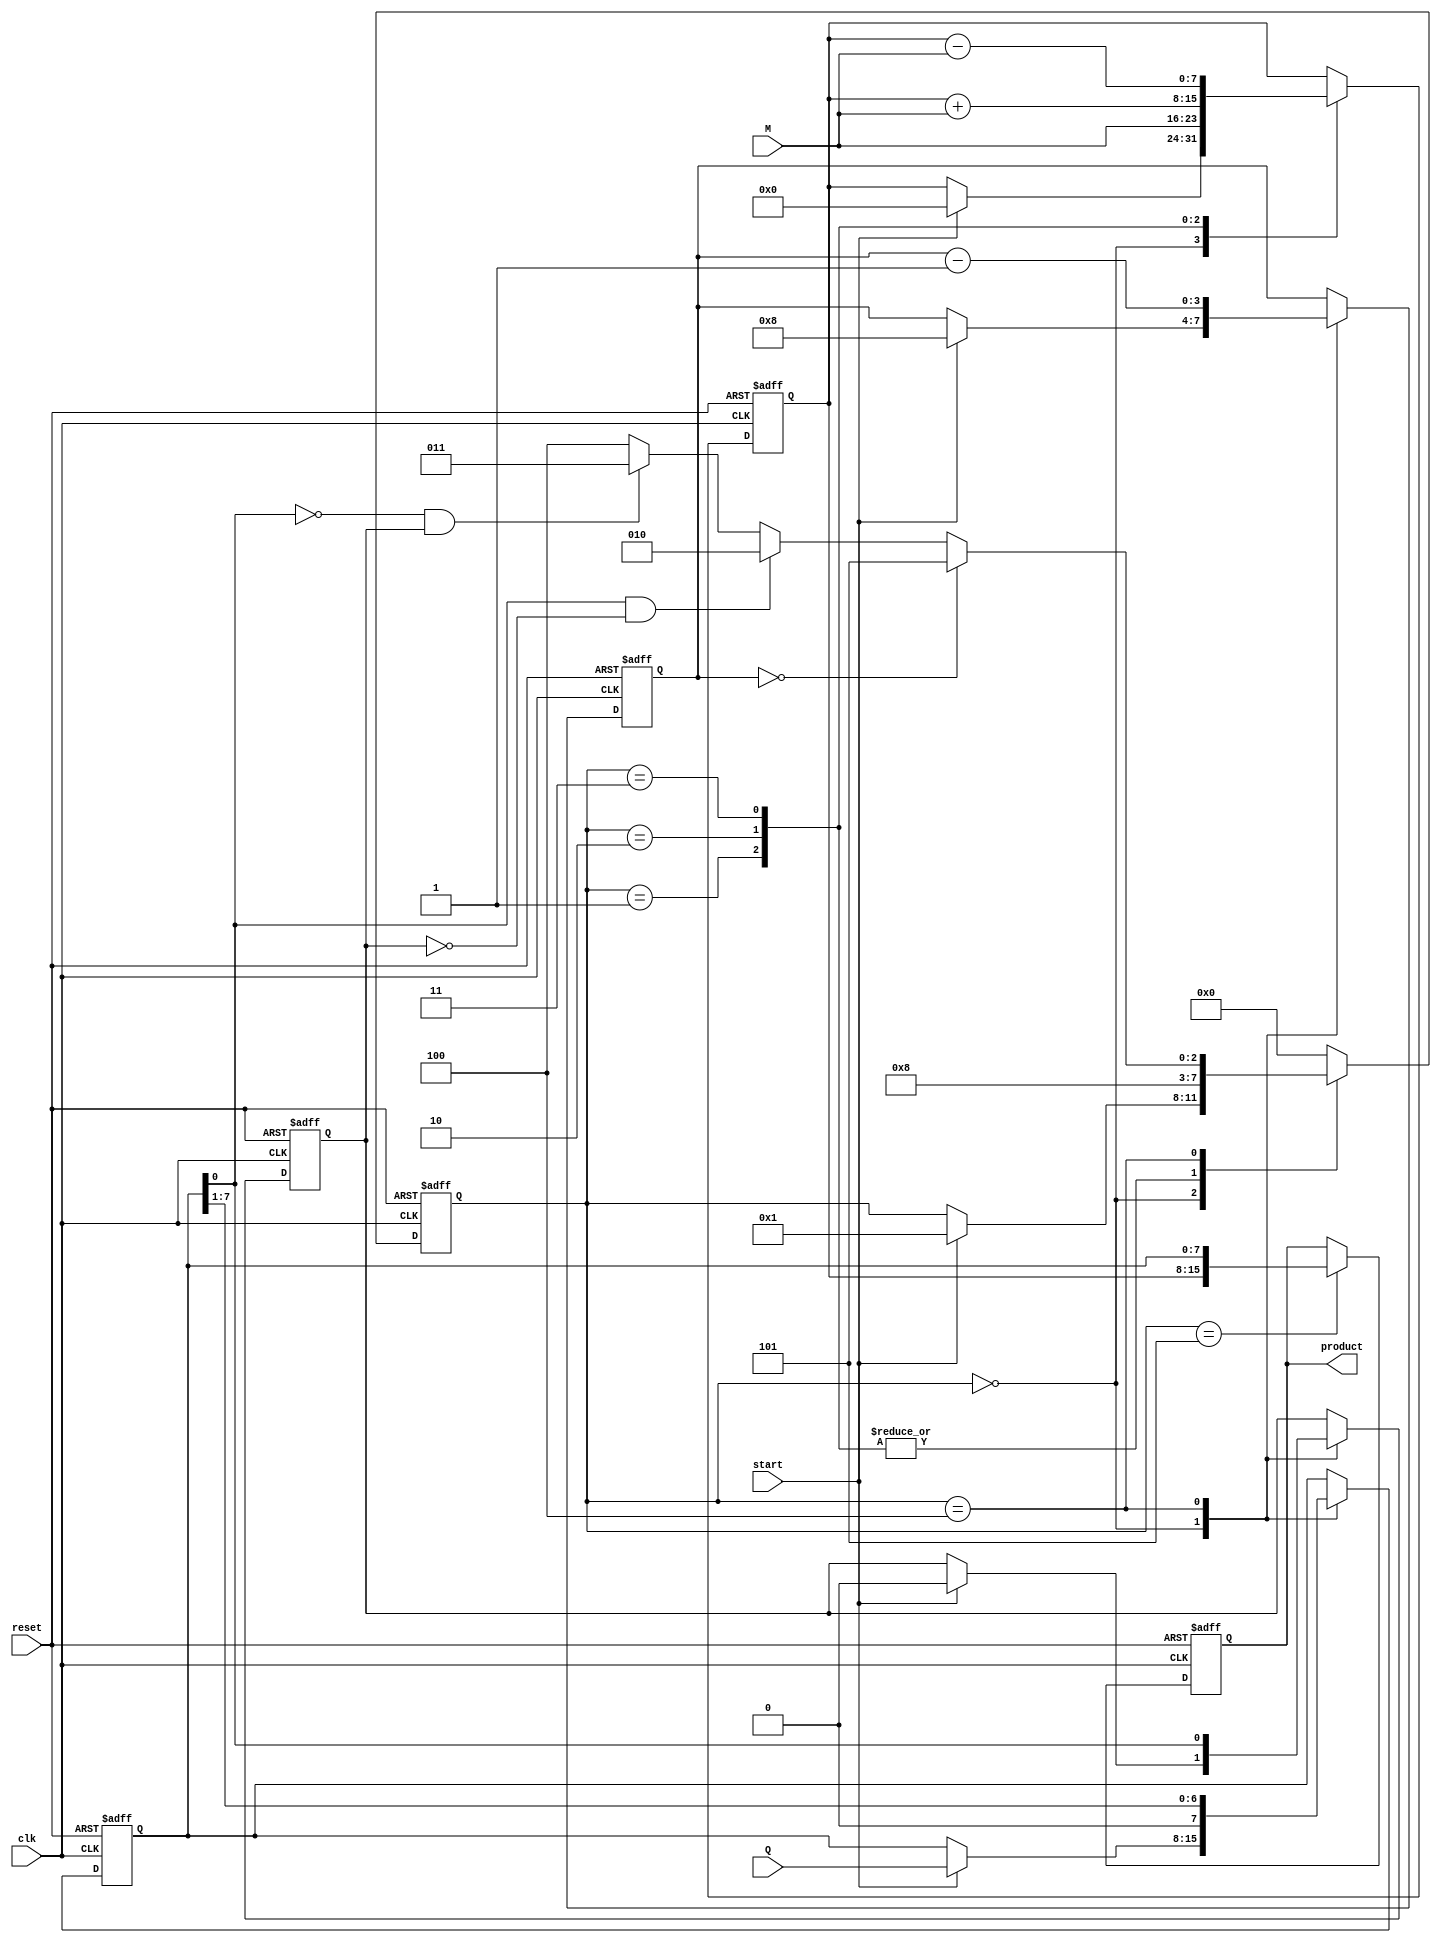
module booth_multiplier #(parameter N = 8) (
    input wire [N-1:0] M,        // Multiplicand
    input wire [N-1:0] Q,        // Multiplier
    input wire start,            // Start signal
    input wire clk,              // Clock signal
    input wire reset,            // Reset signal
    output reg [2*N-1:0] product  // Output product
);

    reg [N-1:0] A;              // Accumulator
    reg [N-1:0] Q_reg;          // Multiplier register
    reg Q_1;                    // Q-1 register
    reg [3:0] state;            // FSM state
    reg [3:0] count;            // Bit counter

    // State encoding
    localparam IDLE = 4'b0000,
               LOAD = 4'b0001,
               ADD = 4'b0010,
               SUB = 4'b0011,
               SHIFT = 4'b0100,
               DONE = 4'b0101;

    // Initial state
    initial begin
        A = 0;
        Q_reg = 0;
        Q_1 = 0;
        state = IDLE;
        count = 0;
        product = 0;
    end

    // FSM to control the Booth multiplication process
    always @(posedge clk or posedge reset) begin
        if (reset) begin
            A <= 0;
            Q_reg <= 0;
            Q_1 <= 0;
            state <= IDLE;
            count <= 0;
            product <= 0;
        end else begin
            case (state)
                IDLE: begin
                    if (start) begin
                        A <= 0;
                        Q_reg <= Q;
                        Q_1 <= 0;
                        count <= N;
                        state <= LOAD;
                    end
                end

                LOAD: begin
                    // Load the multiplicand into A
                    A <= M;
                    state <= SHIFT;
                end

                ADD: begin
                    // Perform addition
                    A <= A + M;
                    state <= SHIFT;
                end

                SUB: begin
                    // Perform subtraction
                    A <= A - M;
                    state <= SHIFT;
                end

                SHIFT: begin
                    // Perform right arithmetic shift
                    {A, Q_reg} <= {A[N-1], A, Q_reg}; // Arithmetic shift
                    Q_1 <= Q_reg[0];                  // Update Q-1
                    Q_reg <= Q_reg >> 1;              // Shift Q
                    count <= count - 1;               // Decrement count

                    if (count == 0) begin
                        state <= DONE;                // Move to DONE state
                    end else begin
                        // Determine next state based on Q[0] and Q-1
                        if (Q_reg[0] == 1 && Q_1 == 0) begin
                            state <= ADD;              // Q[0] = 1, Q-1 = 0 -> Add
                        end else if (Q_reg[0] == 0 && Q_1 == 1) begin
                            state <= SUB;              // Q[0] = 0, Q-1 = 1 -> Subtract
                        end else begin
                            state <= SHIFT;            // Do nothing
                        end
                    end
                end

                DONE: begin
                    product <= {A, Q_reg};             // Combine A and Q for final product
                    state <= IDLE;                     // Go back to IDLE state
                end

                default: state <= IDLE;              // Default case
            endcase
        end
    end

endmodule